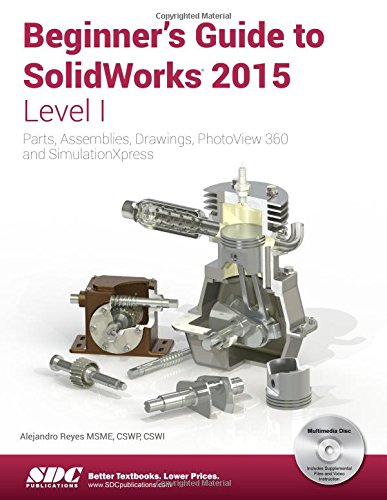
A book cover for Beginner's Guide to SolidWorks 2015 - Level I; Alejandro Reyes; Engineering & Transportation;